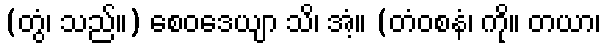
(တွံ၊ သည်။) စေဝဒေယျာ သိ၊ အံ့။ (တံဝစနံ၊ ကို။ တယာ၊